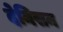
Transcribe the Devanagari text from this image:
देनिसन